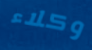
وكلاء